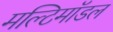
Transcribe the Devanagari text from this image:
मल्टिमॉडल